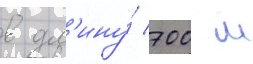
в дл'ину́ 700 м